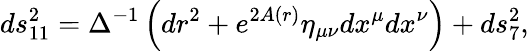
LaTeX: ds_{11}^{2}=\Delta^{-1}\left(dr^{2}+e^{2A(r)}\eta_{\mu\nu}dx^{\mu}dx^{\nu}\right)+ds_{7}^{2},